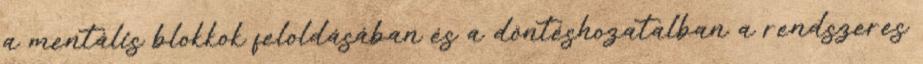
a mentális blokkok feloldásában és a döntéshozatalban a rendszeres